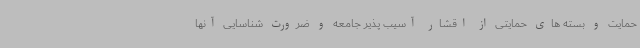
حمایت و بسته های حمایتی از اقشار آسیب پذیر جامعه و ضرورت شناسایی آنها